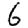
Digit: 6